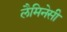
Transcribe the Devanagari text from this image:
लैमिनेसी